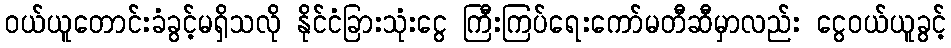
ဝယ်ယူတောင်းခံခွင့်မရှိသလို နိုင်ငံခြားသုံးငွေ ကြီးကြပ်ရေးကော်မတီဆီမှာလည်း ငွေဝယ်ယူခွင့်